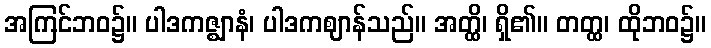
အကြင်ဘဝ၌။ ပါဒကဇ္ဈာနံ၊ ပါဒကဈာန်သည်။ အတ္ထိ၊ ရှိ၏။ တတ္ထ၊ ထိုဘဝ၌။